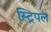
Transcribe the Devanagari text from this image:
स्ट्रिपल